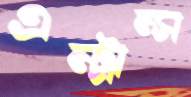
এন্ট্রান্স